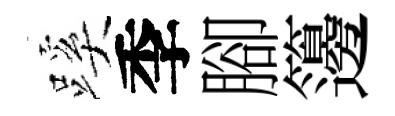
蹊季腳籩